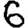
Digit: 6